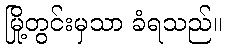
မြို့တွင်းမှသာ ခံရသည်။